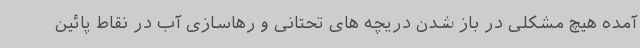
آمده هیچ مشکلی در باز شدن دریچه‌ های تحتانی و رهاسازی آب در نقاط پائین